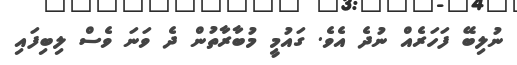
ނުލިބޭ ފަހަރެއް ނުދެ އެވެ. ގައުމީ މުބާރާތުން ދެ ވަނަ ވެސް ލިބިފައި